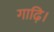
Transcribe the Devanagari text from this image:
गाढ़ि।